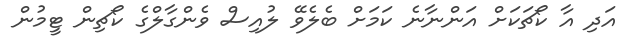
އަދި އާ ކޯޗަކަށް އަންނާނެ ކަމަށް ބެލެވޭ ލުއިސް ވެންގާލްގެ ކޯޗިން ޓީމުން